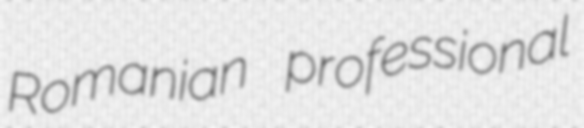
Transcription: Romanian professional